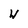
Character: w